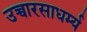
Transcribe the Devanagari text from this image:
उच्चारसाधर्म्य